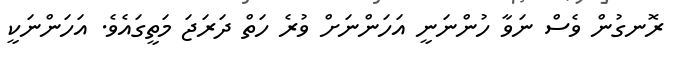
ރޮނގުން ވެސް ނަވާ ހުންނަނީ އަހަންނަށް ވުރެ ހަތް ދަރަޖަ މަތީގައެވެ. އަހަންނަކީ